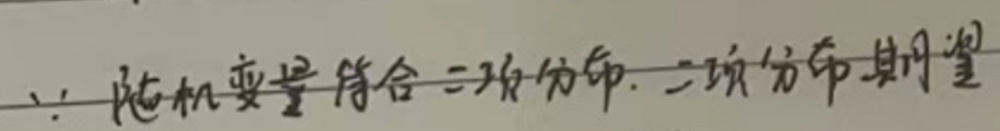
$\because$ 随机变量符合二项分布. 二项分布期望